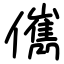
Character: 㒞